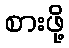
စားဖို့